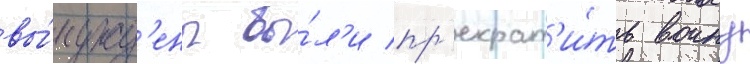
вы́нужд'ены бы́л'и пр'екрат'и́ть воину